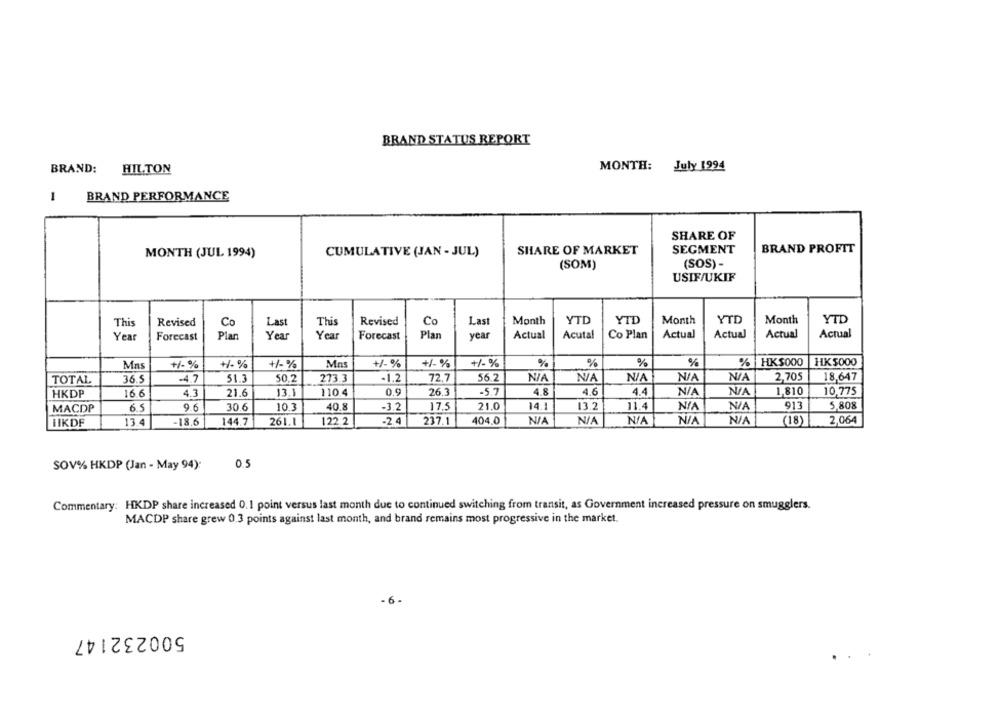
BRAND STATUS REPORT
BRAND:
HILTON
MONTH: July 1994
1
BRAND PERFORMANCE
SHARE OF
SHARE OF MARKET
SEGMENT
BRAND PROFIT
MONTH (JUL 1994)
CUMULATIVE (JAN - JUL)
(SOM)
(SOS) -
USIF/UKIF
This
Revised
Revised
Co
Last
Month
YTD
YTD
Month
YTD
Month
YTD
Co
Last
This
Year
Forecast
Plan
Yea
Year
Forecast
Plan
year
Actual
Acutal
Co Plan
Actual
Actual
Actual
Actual
Mas
+/- %
+/- %
+/- %
Mns
+/- %
+/- %
+/- %
%
%
%
%
% HK$000
HK $000
TOTAL
36.5
-4.7
51.3
50.2
273.3
-1.2
72,7
56.2
2.705
18,647
HKDP
16.6
4.3
21.6
13.1
110.4
0,9
26,3
-5.7
4.8
4.6
4.4
1,810
10,775
MACDP
6.5
9.6
30.6
10.3
40.8
-3.2
17.5
21.0
14.1
13.2
11.4
913
5.808
HIKDF
13.4
-18.6
144.7
261.1
122.2
-2.4
237.1
404.0
(18)
2,064
SOV% HKDP (Jan - May 94):
0.5
Commentary: HKDP share increased 0.1 point versus last month due to continued switching from transit, as Government increased pressure on smugglers.
MACDP share grew 0.3 points against last month, and brand remains most progressive in the market.
500232147